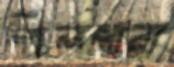
তিলপারা